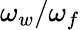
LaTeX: \omega_{w}/\omega_{f}